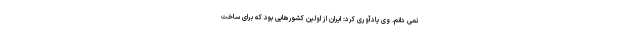
نمی دانم. وی یادآوری کرد: ایران از اولین کشورهایی بود که برای ساخت